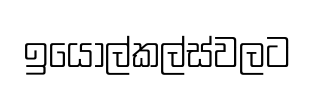
ඉයොල්කල්ස්වලට